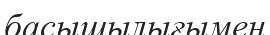
басышылығымен